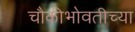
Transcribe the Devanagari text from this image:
चौकीभोवतीच्या